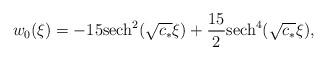
LaTeX: \begin{align*}w_0(\xi) = -15 {\rm sech}^2(\sqrt{c_*} \xi) + \frac{15}{2} {\rm sech}^4(\sqrt{c_*}\xi),\end{align*}